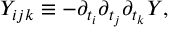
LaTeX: { \cal Y } _ { i j k } \equiv - \partial _ { t _ { i } } \partial _ { t _ { j } } \partial _ { t _ { k } } { \cal Y } ,